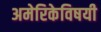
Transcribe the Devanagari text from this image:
अमेरिकेविषयी